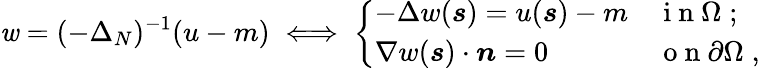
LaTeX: \mathit{w}=(-\Delta_{N})^{-1}(u-m)\iff\left\{ \begin{array}{ll}{-\Delta w(\boldsymbol{s})=u(\boldsymbol{s})-m}&{\mathrm{~i~n~}\Omega\; ;}\\ {\nabla w(\boldsymbol{s})\cdot\boldsymbol{n}=0}&{\mathrm{~o~n~}\partial\Omega\; ,}\end{array}\right.